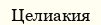
Целиакия